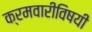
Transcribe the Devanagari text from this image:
क्रमवारीविषयी